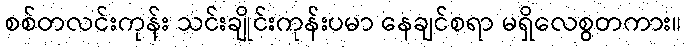
စစ်တလင်းကုန်း သင်းချိုင်းကုန်းပမာ နေချင်စရာ မရှိလေစွတကား။